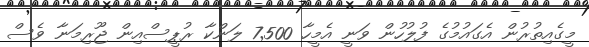
މީގެއިތުރުން އެގައުމުގެ ފުލުހުން ވަނީ އެމީހާ 7